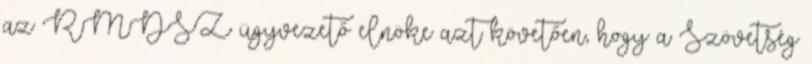
az RMDSZ ügyvezető elnöke azt követően, hogy a Szövetség